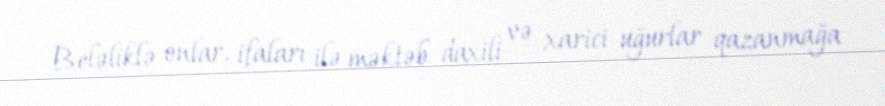
Beləliklə onlar, ifaları ilə məktəb daxili və xarici uğurlar qazanmağa